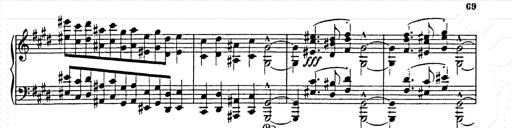
Title: AnnÃ©es de pÃ¨lerinage II
Composer: Franz Liszt